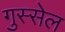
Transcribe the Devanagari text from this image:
गुस्सेल